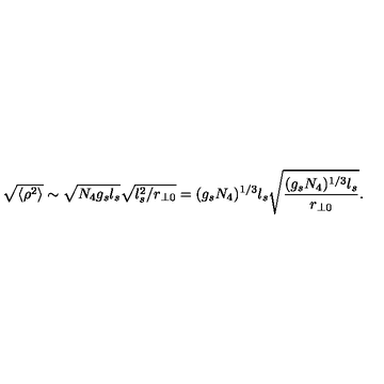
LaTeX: \sqrt { \langle \rho ^ { 2 } \rangle } \sim \sqrt { N _ { 4 } g _ { s } l _ { s } } \sqrt { l _ { s } ^ { 2 } / r _ { \perp 0 } } = ( g _ { s } N _ { 4 } ) ^ { 1 / 3 } l _ { s } \sqrt { \frac { ( g _ { s } N _ { 4 } ) ^ { 1 / 3 } l _ { s } } { r _ { \perp 0 } } } .